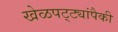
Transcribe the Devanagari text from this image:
खेळपट्ट्यांपैकी